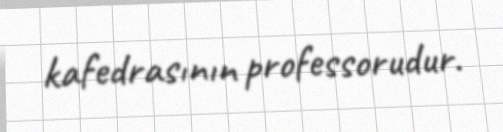
kafedrasının professorudur.